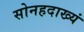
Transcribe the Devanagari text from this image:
सोनहदाख्यं